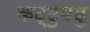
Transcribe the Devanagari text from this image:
कट्टुपडु